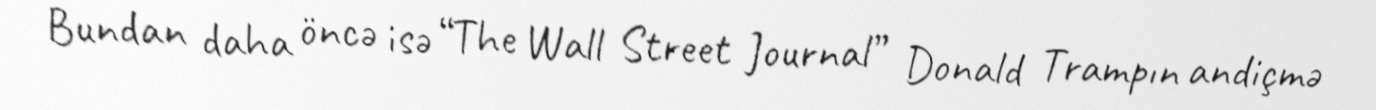
Bundan daha öncə isə “The Wall Street Journal” Donald Trampın andiçmə